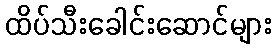
ထိပ်သီးခေါင်းဆောင်များ